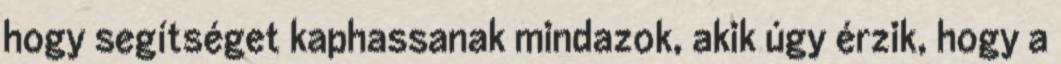
hogy segítséget kaphassanak mindazok, akik úgy érzik, hogy a